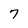
Character: 7